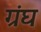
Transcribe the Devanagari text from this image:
ग्रंघ